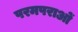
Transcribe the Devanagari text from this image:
परमपराओं